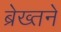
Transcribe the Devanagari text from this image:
ब्रेख्तने